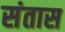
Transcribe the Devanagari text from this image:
संतास